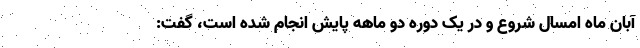
آبان ماه امسال شروع و در یک دوره دو ماهه پایش انجام شده است، گفت: